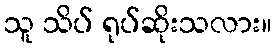
သူ သိပ် ရုပ်ဆိုးသလား။